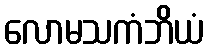
လောမသကံဘိယံ